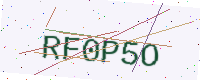
Text: RF0P5O